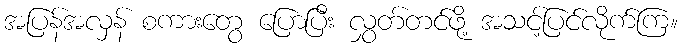
အပြန်အလှန် စကားတွေ ပြောပြီး လွှတ်တင်ဖို့ အသင့်ပြင်လိုက်ကြ။